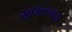
સામતવાડા